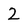
Character: 2